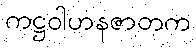
ကဋ္ဌဝါဟနဇာတက